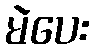
မဲပေး